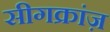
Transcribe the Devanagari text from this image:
सीगक्रांज़